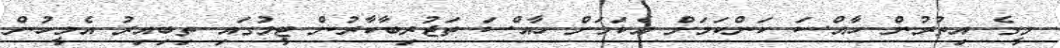
މީގެ އިތުރުން ހާއްސަ ކަންކަމަށް އެކަމަށް ހާއްސަ ތަޖުރިބާކާރުން ޓީމުގައި ތިބިއިރު އެމީހުން